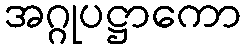
အဂ္ဂုပဋ္ဌာကော